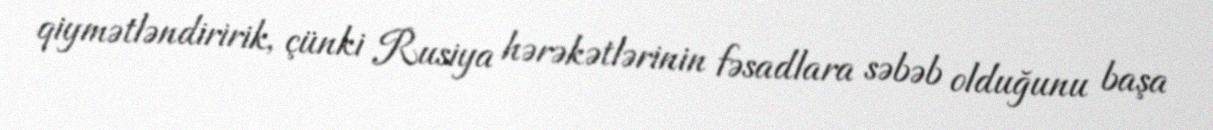
qiymətləndiririk, çünki Rusiya hərəkətlərinin fəsadlara səbəb olduğunu başa